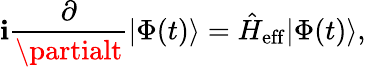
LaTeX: \mathbf{i}\frac{{\partial}}{{\partialt}}|\Phi(t)\rangle=\hat{{H}}_{\mathrm{{eff}}}|\Phi(t)\rangle,